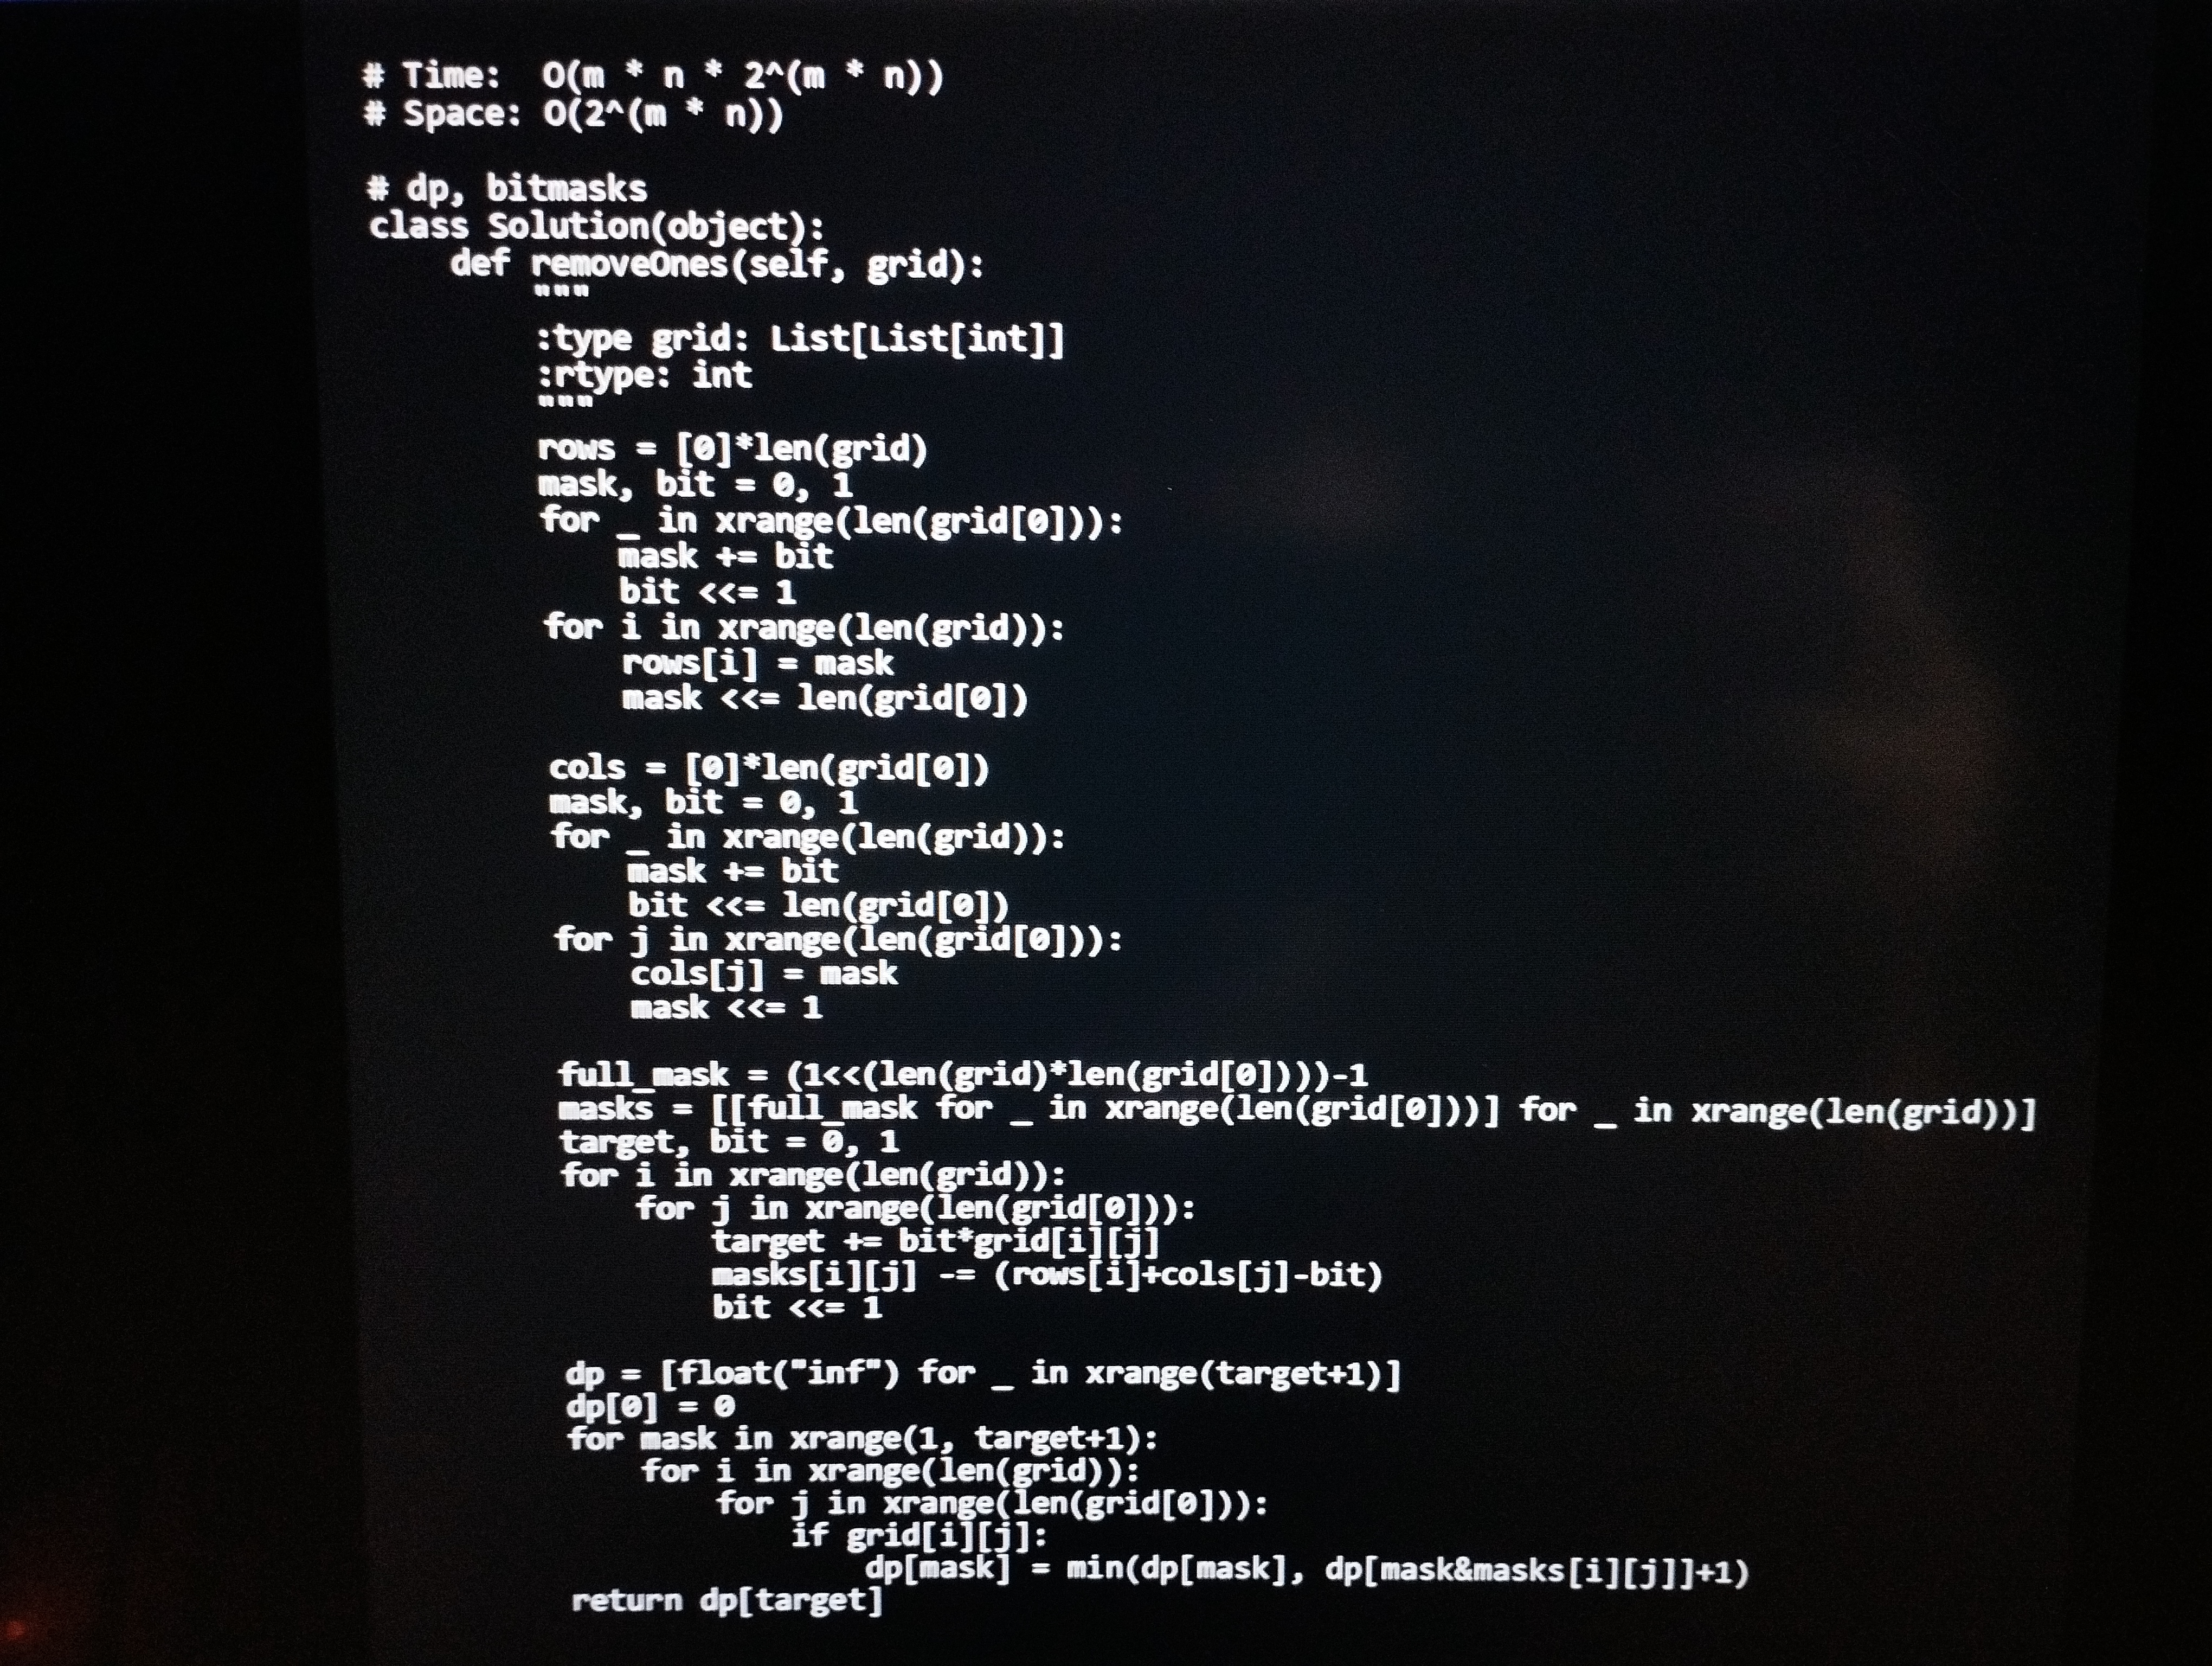
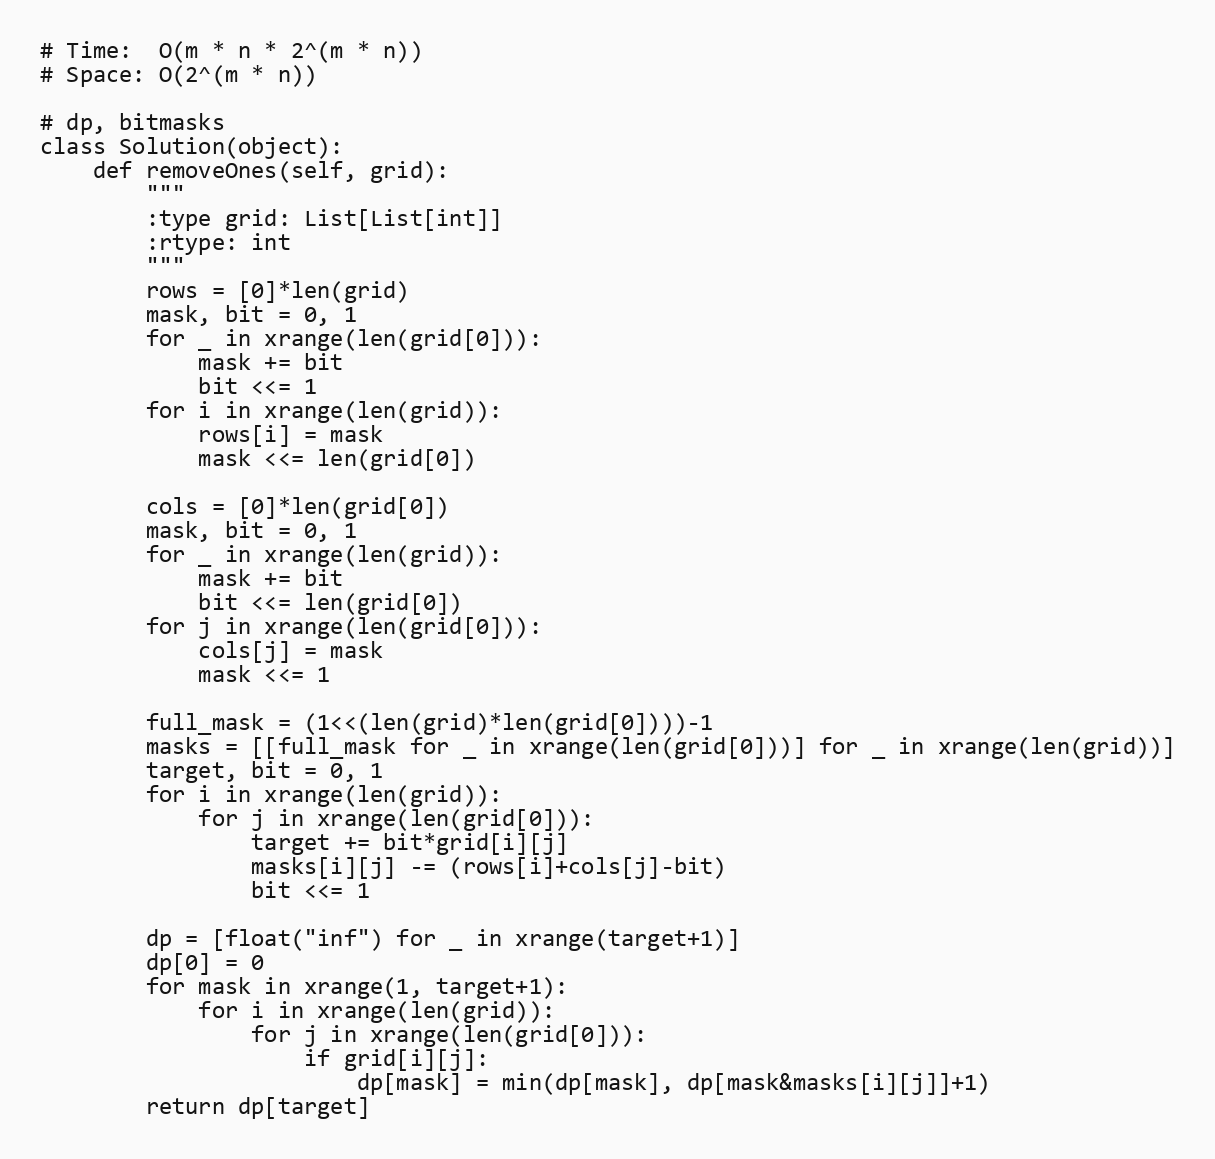
# Time:  O(m * n * 2^(m * n))
# Space: O(2^(m * n))

# dp, bitmasks
class Solution(object):
    def removeOnes(self, grid):
        """
        :type grid: List[List[int]]
        :rtype: int
        """
        rows = [0]*len(grid)
        mask, bit = 0, 1
        for _ in xrange(len(grid[0])):
            mask += bit
            bit <<= 1
        for i in xrange(len(grid)):
            rows[i] = mask
            mask <<= len(grid[0])

        cols = [0]*len(grid[0])
        mask, bit = 0, 1
        for _ in xrange(len(grid)):
            mask += bit
            bit <<= len(grid[0])
        for j in xrange(len(grid[0])):
            cols[j] = mask
            mask <<= 1

        full_mask = (1<<(len(grid)*len(grid[0])))-1
        masks = [[full_mask for _ in xrange(len(grid[0]))] for _ in xrange(len(grid))]
        target, bit = 0, 1
        for i in xrange(len(grid)):
            for j in xrange(len(grid[0])):
                target += bit*grid[i][j]
                masks[i][j] -= (rows[i]+cols[j]-bit)
                bit <<= 1

        dp = [float("inf") for _ in xrange(target+1)]
        dp[0] = 0
        for mask in xrange(1, target+1):
            for i in xrange(len(grid)):
                for j in xrange(len(grid[0])):
                    if grid[i][j]:
                        dp[mask] = min(dp[mask], dp[mask&masks[i][j]]+1)
        return dp[target]